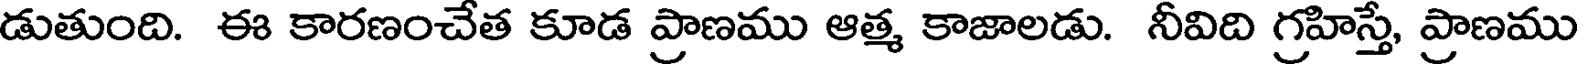
డుతుంది. ఈ కారణంచేత కూడ ప్రాణము ఆత్మ కాజాలడు. నీవిది గ్రహిస్తే, ప్రాణము